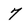
Character: 7